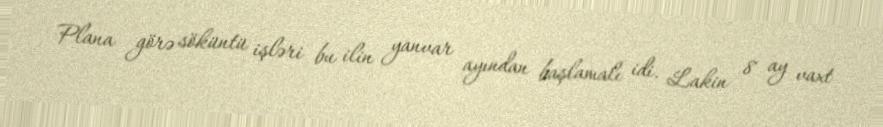
Plana görə söküntü işləri bu ilin yanvar ayından başlamalı idi. Lakin 8 ay vaxt